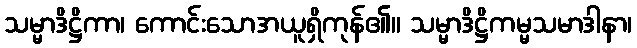
သမ္မာဒိဋ္ဌိကာ၊ ကောင်းသောအယူရှိကုန်၏။ သမ္မာဒိဋ္ဌိကမ္မသမာဒါနာ၊